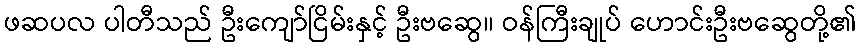
ဖဆပလ ပါတီသည် ဦးကျော်ငြိမ်းနှင့် ဦးဗဆွေ၊၊ ဝန်ကြီးချုပ် ဟောင်းဦးဗဆွေတို့၏